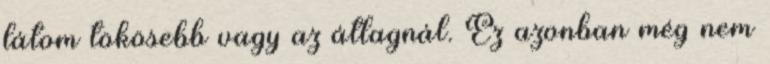
látom tökösebb vagy az átlagnál. Ez azonban még nem